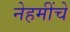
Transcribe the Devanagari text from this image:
नेहमींचे